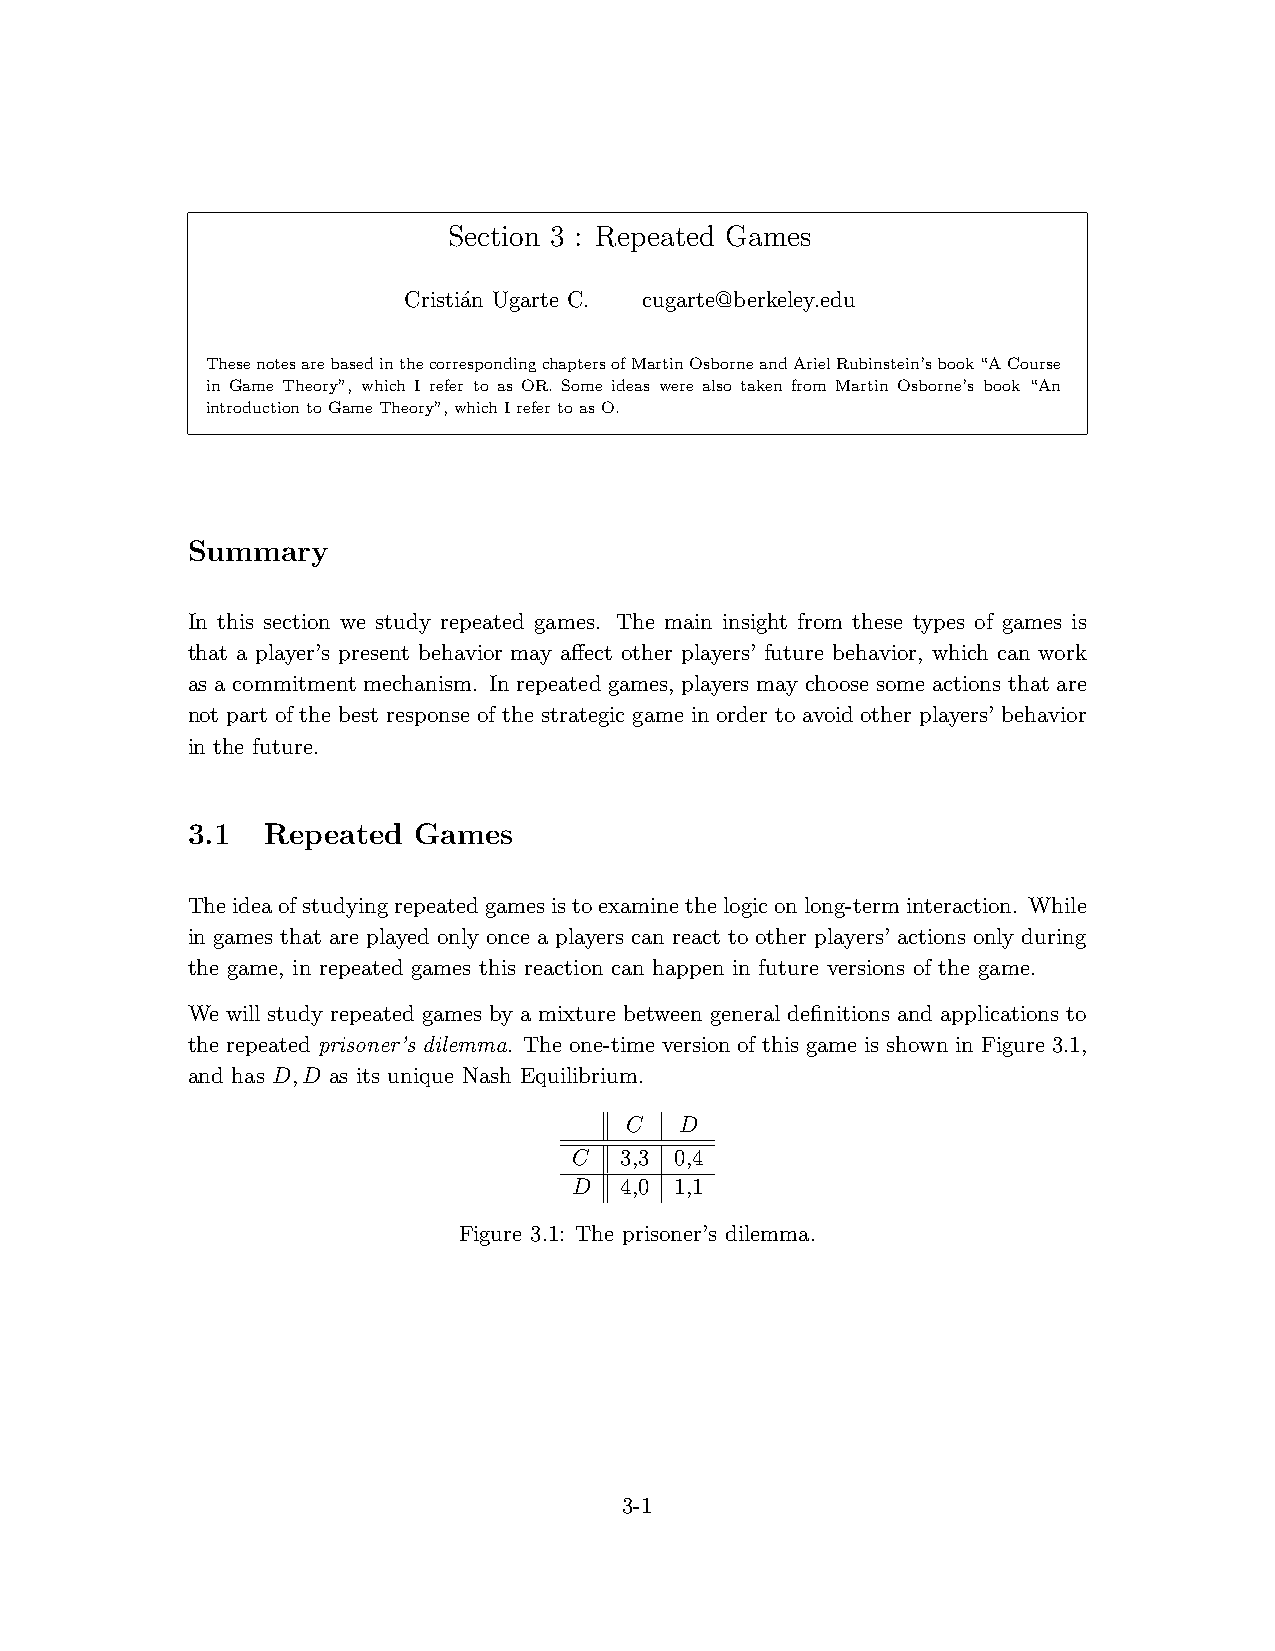
Section 3 : Repeated Games
 Cristi´an Ugarte C. cugarte@berkeley.edu
 ThesenotesarebasedinthecorrespondingchaptersofMartinOsborneandArielRubinstein’sbook“ACourse
 in Game Theory”, which I refer to as OR. Some ideas were also taken from Martin Osborne’s book “An
 introductiontoGameTheory”,whichIrefertoasO.
 Summary
 In this section we study repeated games. The main insight from these types of games is
 that a player’s present behavior may affect other players’ future behavior, which can work
 as a commitment mechanism. In repeated games, players may choose some actions that are
 not part of the best response of the strategic game in order to avoid other players’ behavior
 in the future.
 3.1  Repeated  Games
 Theideaofstudyingrepeatedgamesistoexaminethelogiconlong-terminteraction. While
 in games that are played only once a players can react to other players’ actions only during
 the game, in repeated games this reaction can happen in future versions of the game.
 We will study repeated games by a mixture between general definitions and applications to
 the repeated prisoner’s dilemma. The one-time version of this game is shown in Figure 3.1,
 and has D,D as its unique Nash Equilibrium.
 C   D
 C  3,3 0,4
 D  4,0 1,1
 Figure 3.1: The prisoner’s dilemma.
 3-1